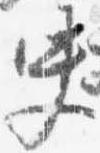
史